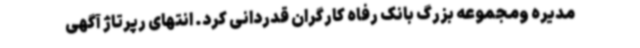
مدیره ومجموعه بزرگ بانک رفاه کارگران قدردانی کرد. انتهای رپرتاژ آگهی